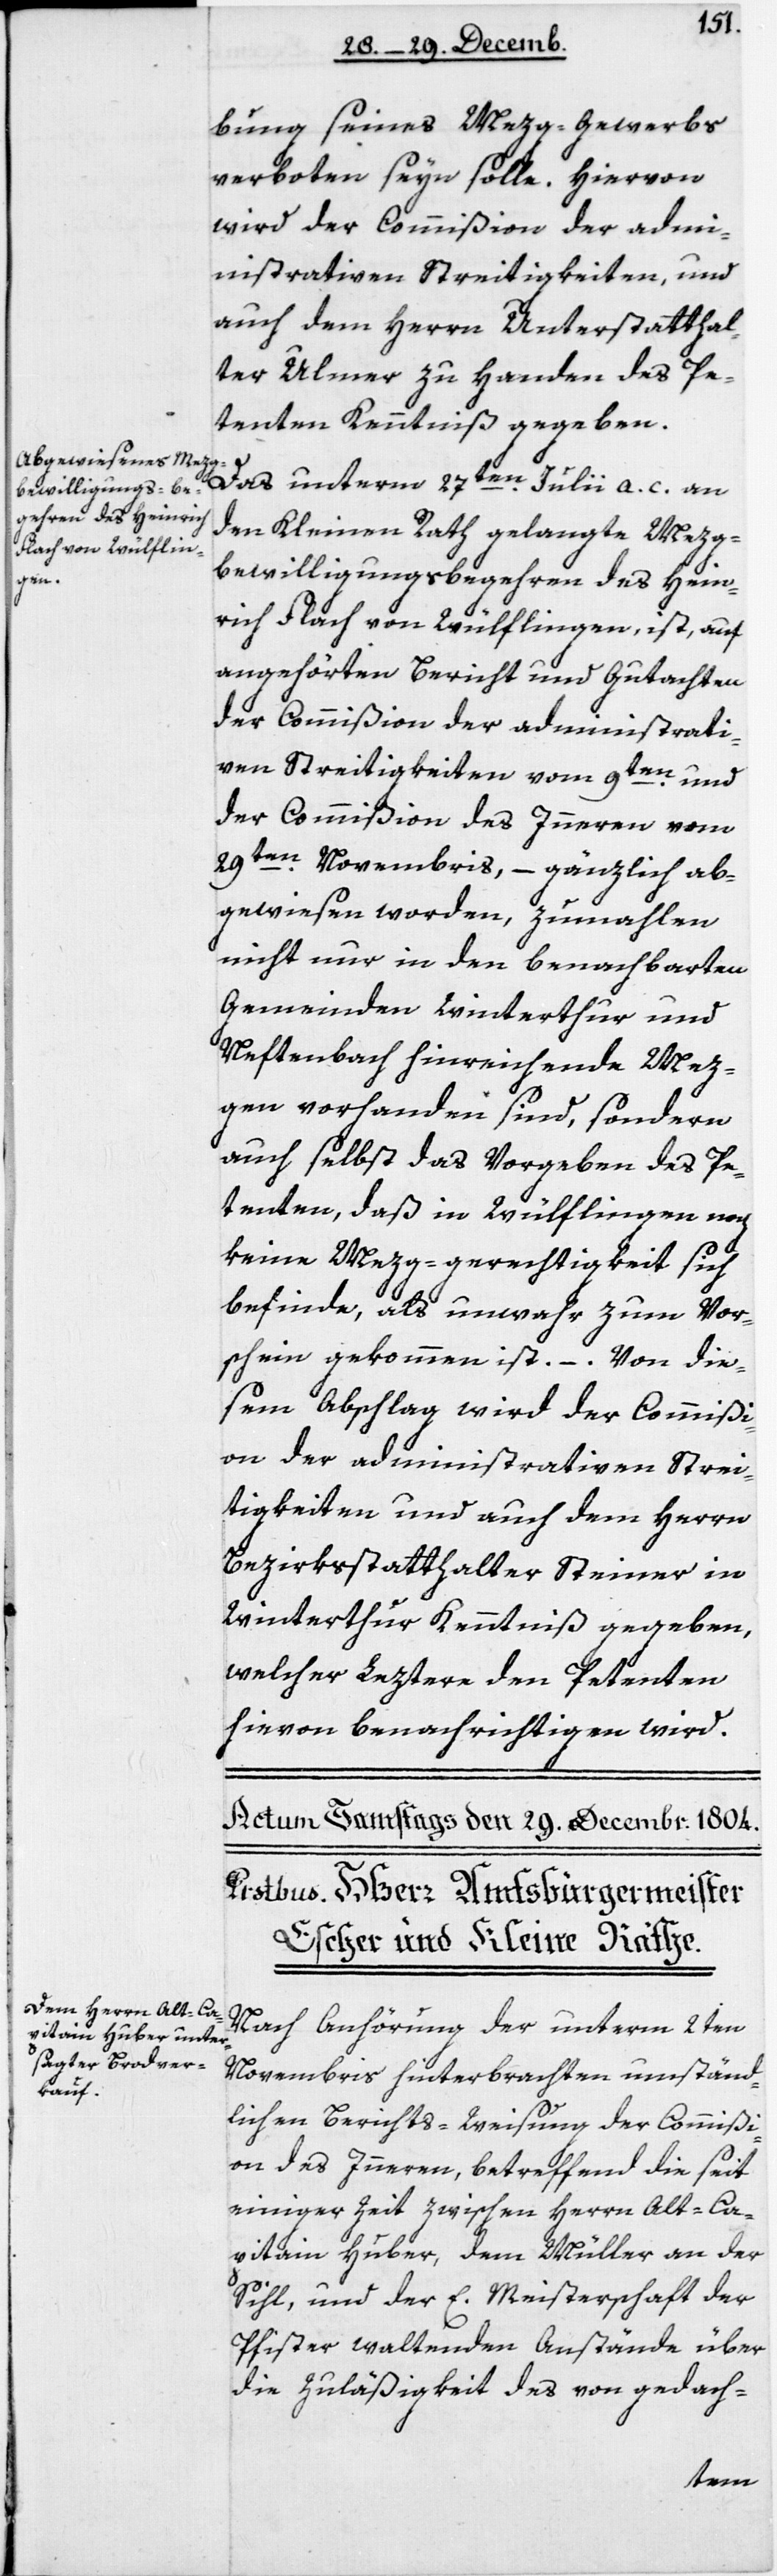
bung seines Mezg-Gewerbs
verboten seyn solle. Hiervon
wird der Commißion der adm¬
inistrativen Streitigkeiten und
auch dem Herrn Unterstatthal¬
ter Ulmer zu Handen des Pe¬
tenten Kenntniß gegeben.
Das unterm 27ten Julii a. c. an
den Kleinen Rath gelangte Mezg¬
bewilligungsbegehren des Hein¬
rich Flach von Wülflingen, ist auf
angehörten Bericht und Gutachten
der Commißion der administrati¬
ven Streitigkeiten vom 9ten und
der Commißion des Innern vom
29ten Novembris, – gänzlich ab¬
gewiesen worden, zumahlen
nicht nur in den benachbarten
Gemeinden Winterthur und
Neftenbach hinreichende Mez¬
gen vorhanden sind, sondern
auch selbst das Vorgeben des Pe¬
tenten, daß in Wülflingen noch
keine Mezg-gerechtigkeit sich
befinde, als unwahr zum Vor¬
schein gekommen ist. – Von die¬
sem Abschlag wird der Commißi¬
on der administrativen Strei¬
tigkeiten und auch dem Herrn
Bezirksstatthalter Steiner in
Winterthur Kenntniß gegeben,
welcher Leztere den Petenten
hievon benachrichtigen wird.
Nach Anhörung der unterm 2ten
Novembris hinterbrachten umständ¬
lichen Berichts-Weisung der Commißi¬
on des Innern, betreffend die seit
einiger Zeit zwischen Herrn alt Ca¬
pitain Huber, dem Müller an der
Sihl, und der E. Meisterschaft der
Pfister waltenden Anstände über
die Zuläßigkeit des von gedach-